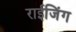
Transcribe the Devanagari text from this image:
राईजिंग